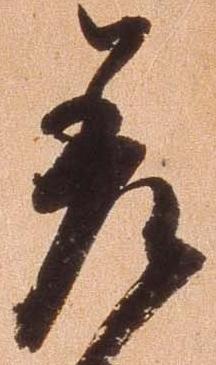
差